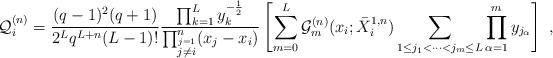
LaTeX: \begin{align*}\mathcal{Q}^{(n)}_i = \frac{(q-1)^2 (q+1)}{2^L q^{L+n} (L-1)!} \frac{\prod_{k=1}^{L} y_k^{-\frac{1}{2}}}{\prod_{\stackrel{j=1}{j \neq i}}^{n}(x_j - x_i)} \left[ \sum_{m=0}^{L} \mathcal{G}^{(n)}_m (x_i ; \bar{X}_i^{1,n}) \sum_{1 \leq j_1 < \dots < j_m \leq L} \prod_{\alpha=1}^{m} y_{j_{\alpha}} \right] \; , \\\end{align*}